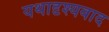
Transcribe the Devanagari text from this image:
यथादृश्यवाद